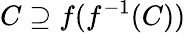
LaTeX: C\supseteq f(f^{-1}(C))